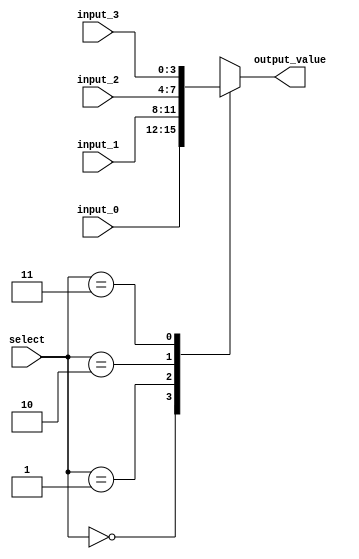
module Mux_4to1 #(parameter WIDTH=4)
    (
	  input [1:0] select,
	  input [WIDTH-1:0] input_0, input_1, input_2, input_3,
      output reg [WIDTH-1:0] output_value
    );

always@(*) begin
	case(select)
		2'b00:output_value = input_0;
		2'b01:output_value = input_1;
		2'b10:output_value = input_2;
		2'b11:output_value = input_3;
		default: output_value = {WIDTH{1'b0}};
	endcase
end

endmodule